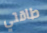
طاقتي